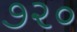
૭૨૦